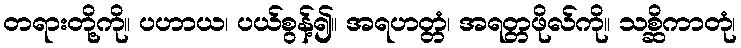
တရားတို့ကို။ ပဟာယ၊ ပယ်စွန့်၍။ အရဟတ္တံ၊ အရတ္တဖိုလ်ကို။ သစ္ဆိကာတုံ၊